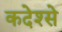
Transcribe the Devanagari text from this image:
कदेश्से